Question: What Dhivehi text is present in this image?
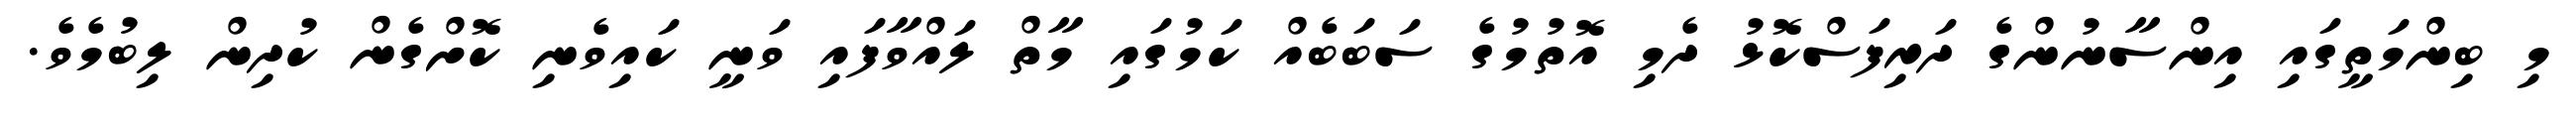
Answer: މި ބިންމަތީގައި އިންސާނުންގެ ދަރިފަސްކޮޅު ދެމި އޮތުމުގެ ސަބަބެއް ކަމުގައި މާތް ލައްވާފައި ވަނީ ކައިވެނި ކޮށްގެން ކުދިން ލިބުމެވެ.